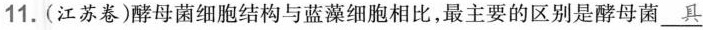
11.(江苏卷)酵母菌细胞结构与蓝藻细胞相比，最主要的区别是酵母菌\underline{##具##}